Triigi_(Aleksandri)_vallavalitsus_Harjumaal, lk 29
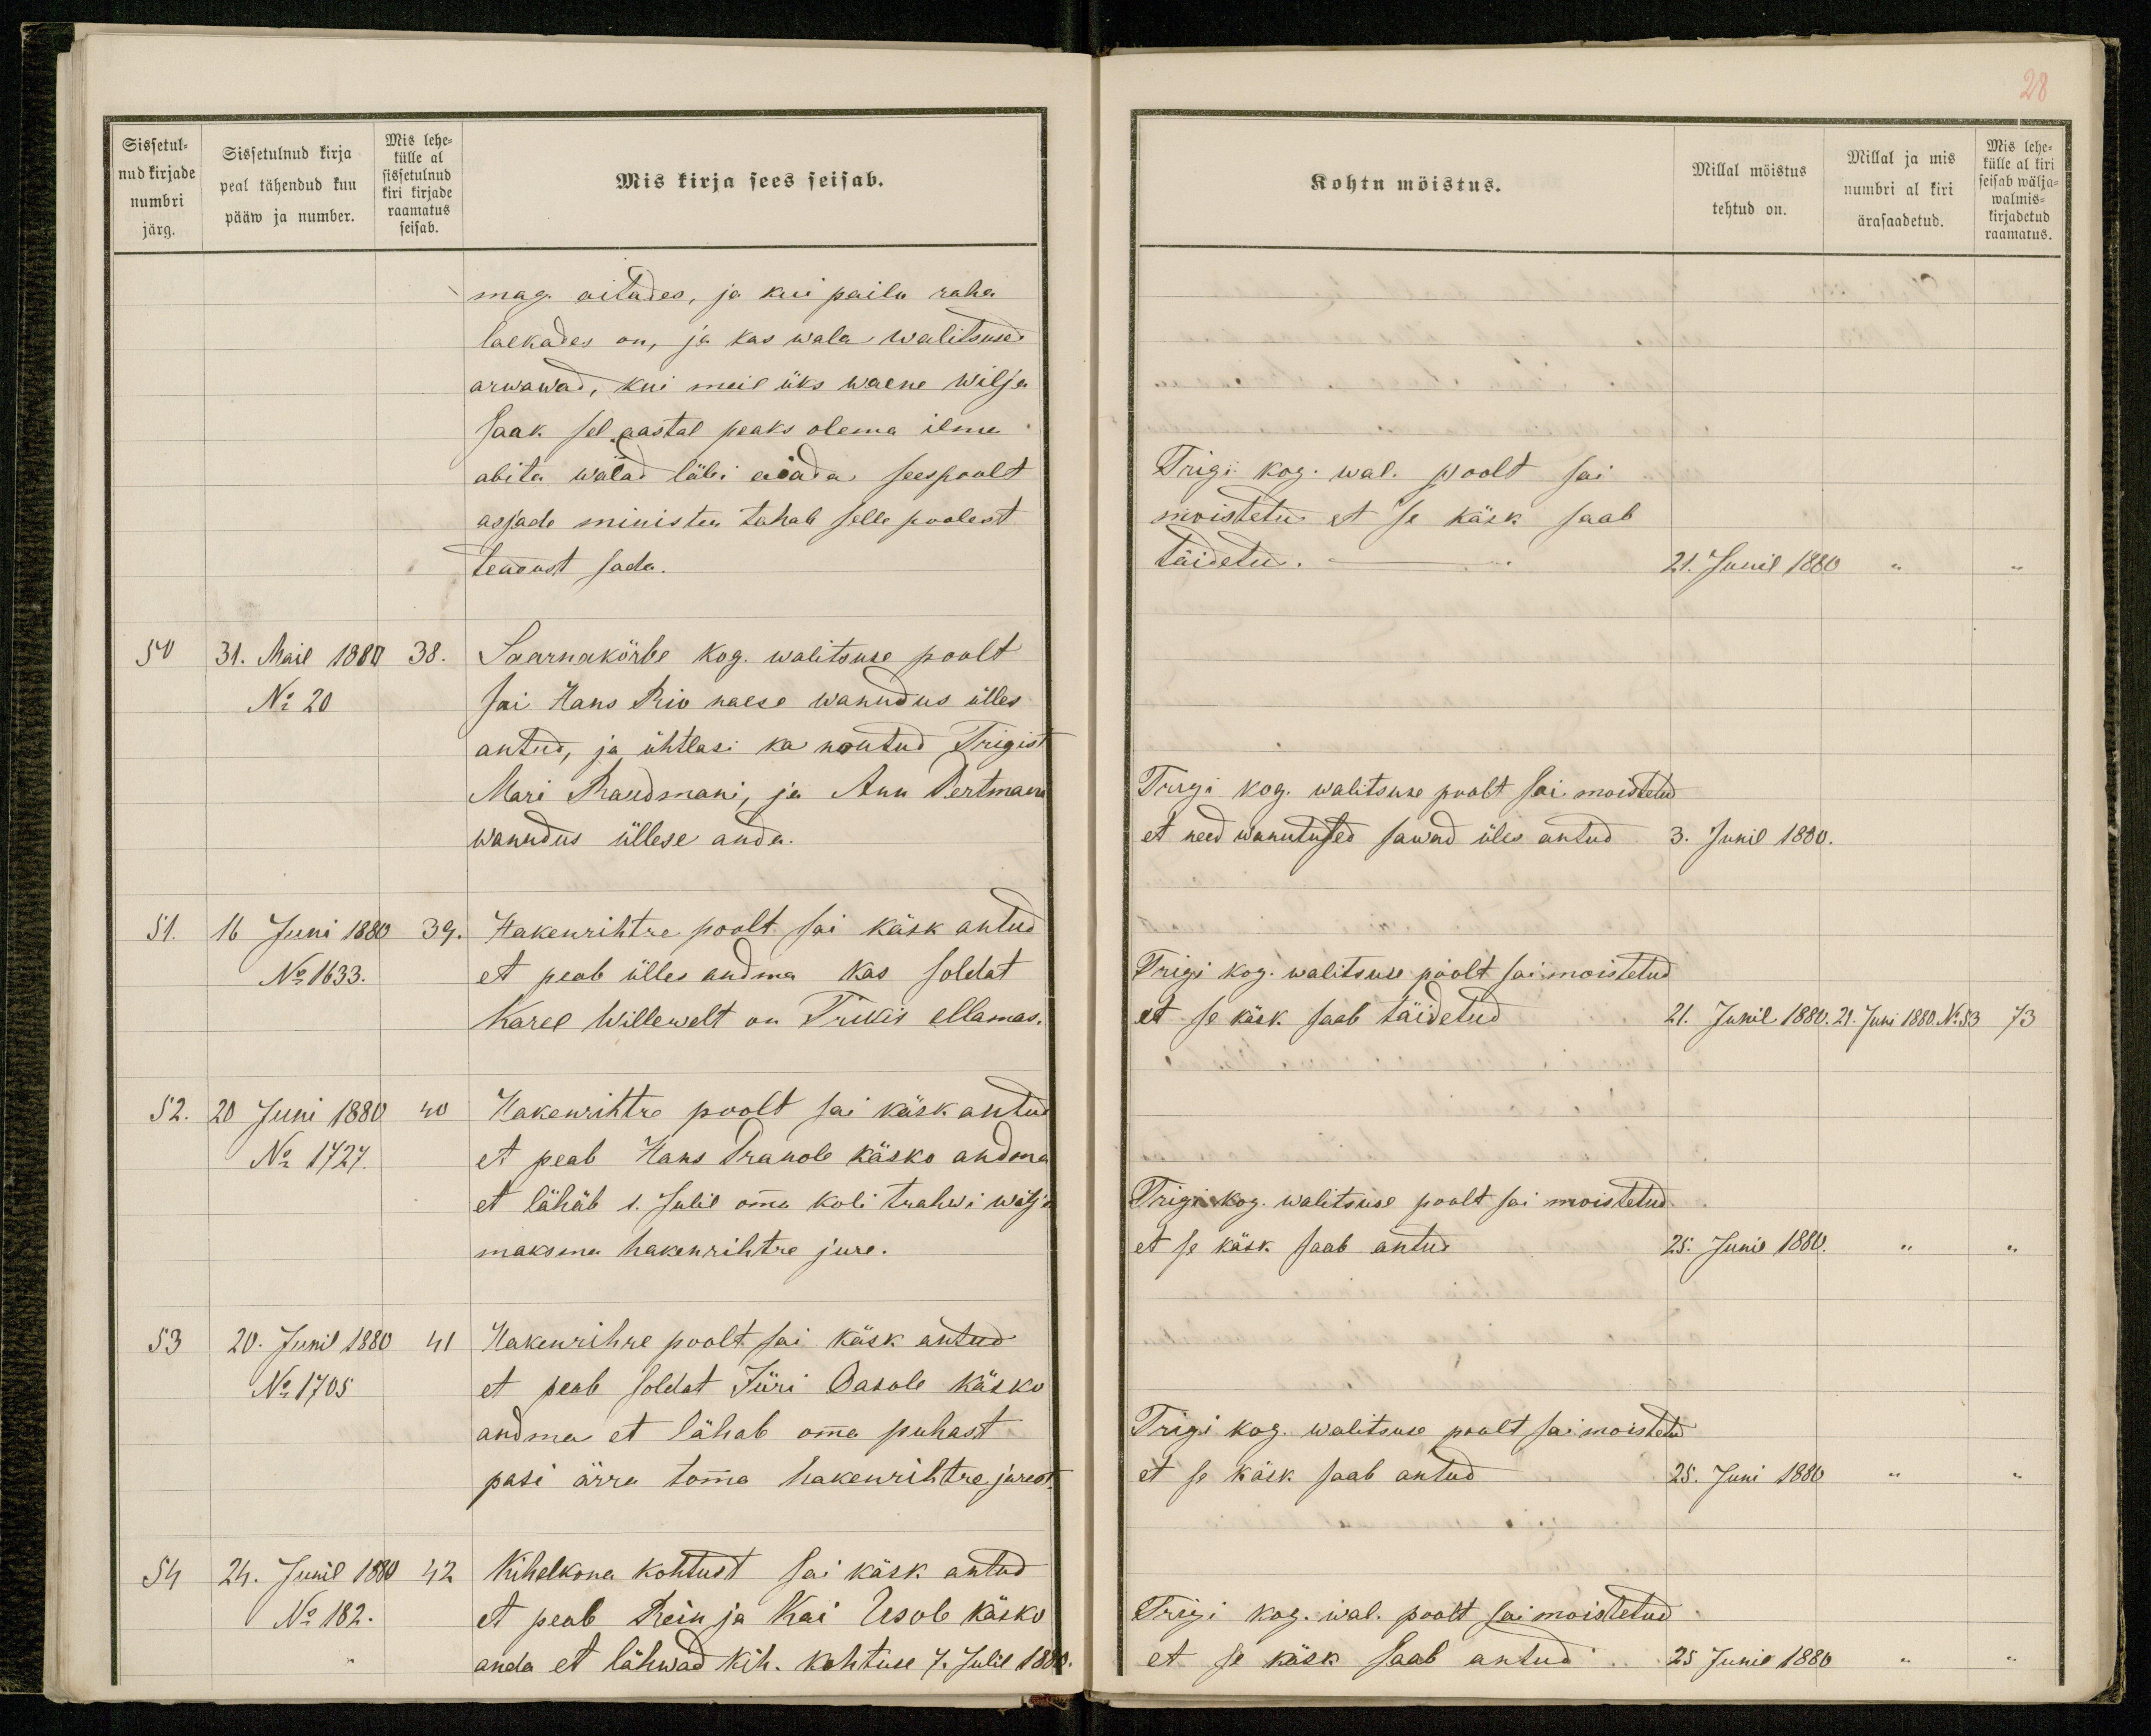
Sissetul-
nud kirjade
numbri
järg.
Sissetulnud kirja
peal tähendud kuu
pääw ja number.
Mis lehe-
külle al
sissetulnud
kiri kirjade
raamatus
seisab.
Mis kirja sees seisab.
mag. aitades, ja kui pailo raha
laekades on, ja kas wala walitsused
arwawad, kui meil üks waene wilja
saak sel aastal peaks olema ilma
abita walad läbi aiada seespoolt
asjade minister tahab selle poolest
teadust sada.
50 31. Mail 1880 38.
Saarnakörbe kog. walitsuse poolt
No 20
sai Hans Rio naese wanudus ülles
antud, ja ühtlasi ka noutud Trigist
Mari Raudmani, ja Ann Pertmani
wanudus üllese anda.
51. 16 Juni 1880 39.
Hakenrihtre poolt sai käsk antud
No 1633.
et peab ülles andma kas soldat
Karel Willewelt on Trikis ellamas.
52. 20 Juni 1880 40
Hakenrihtre poolt sai käsk antud
No 1727.
et peab Hans Pranole käsko andma
et lähäb 1. Julil omma koli trahwi wälja
maksma hakenrihtre jure.
53 20. Junil 1880 41
Hakenrihre poolt sai käsk antud
No 1705
et peab soldat Jüri Oasole käsku
andma et lähab omma puhast
pasi ärra tomma hakenrihtre jurest.
54 24. Junil 1880 42
Kihelkona kohtust sai käsk antud
No 182.
et peab Rein ja Kai Usole käsko
anda et lähwad kih. kohtuse 7. Julil 1880.

28
Kohtu möistus.
Millal möistus
tehtud on.
Millal ja mis
numbri al kiri
ärasaadetud.
Mis lehe-
külle al kiri
seisab wälja-
walmis-
kirjadetud
raamatus.
Trigi kog. wal. poolt sai
moistetud et se käsk saab
täidetud.
21. Junil 1880 " "
Trigi kog. walitsuse poolt sai moistetud
et need wanutused sawad üles antud
3. Junil 1880.
Trigi kog. walitsuse poolt sai moistetud
et se käsk saab täidetud.
21. Junil 1880. 21. Juni 1880. No 53 73
Trigi kog. walitsuse poolt sai moistetud
et se käsk saab antud
25. Junil 1880. " "
Trigi kog. walitsuse poolt sai moistetud
et se käsk saab antud
25. Juni 1880 " "
Trigi kog. wal. poolt sai moistetud
et se käsk saab antud 25 Junil 1880  " "